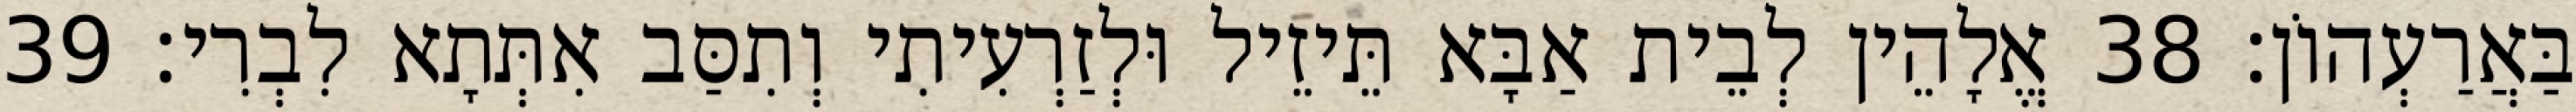
בַּאֲרַעְהוֹן׃ 38 אֱלָהֵין לְבֵית אַבָּא תֵּיזֵיל וּלְזַרְעִיתִי וְתִסַּב אִתְּתָא לִבְרִי׃ 39